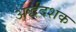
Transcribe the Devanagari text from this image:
अर्द्धदशक